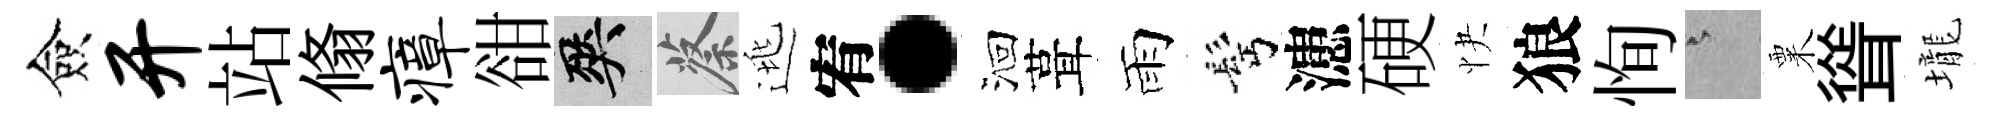
僉开站翛瘴𧮳爽蔡逃宥·洄葺雨髩漶硬快狼恂澹粟聳壠